Burma Government Medical School reports 1907-22
Year: 1907
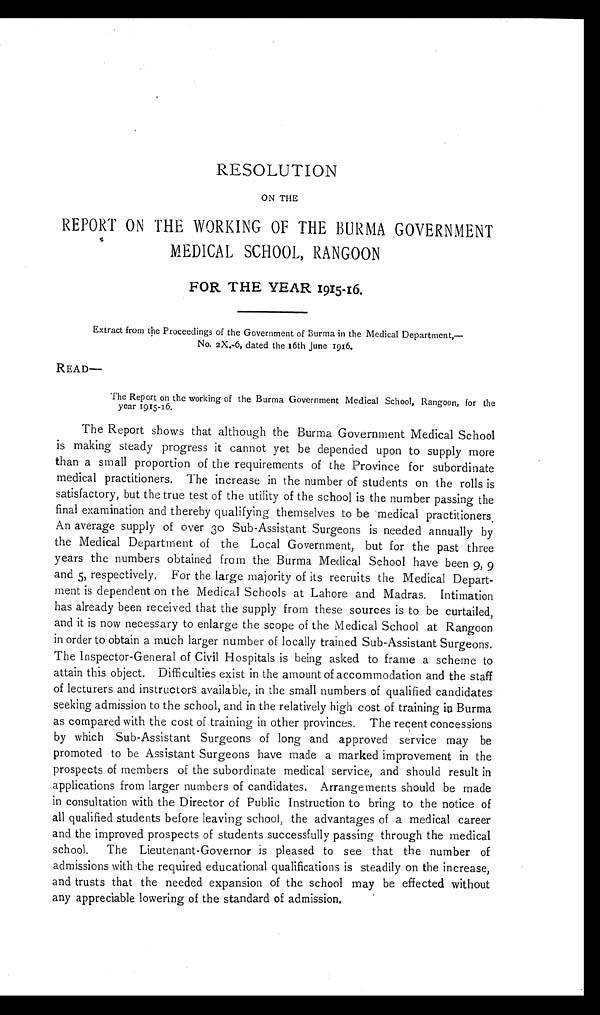
RESOLUTION
ON THE
REPORT ON THE WORKING OF THE BURMA GOVERNMENT
MEDICAL SCHOOL, RANGOON
FOR THE YEAR 1915-16.
Extract from the Proceedings of the Government of Burma in the Medical Department,—
No. 2X.-6, dated the 16th June 1916.
READ—
The Report on the working of the Burma Government Medical School, Rangoon, for the
year 1915-16.
The Report shows that although the Burma Government Medical School
is making steady progress it cannot yet be depended upon to supply more
than a small proportion of the requirements of the Province for subordinate
medical practitioners. The increase in the number of students on the rolls is
satisfactory, but the true test of the utility of the school is the number passing the
final examination and thereby qualifying themselves to be medical practitioners.
An average supply of over 3o Sub-Assistant Surgeons is needed annually by
the Medical Department of the Local Government, but for the past three
years the numbers obtained from the Burma Medical School have been 9, 9
and 5, respectively. For the large majority of its recruits the Medical Depart
ment is dependent on the Medical Schools at Lahore and Madras. Intimation
has already been received that the supply from these sources is to be curtailed,
and it is now necessary to enlarge the scope of the Medical School at Rangoon
in order to obtain a much larger number of locally trained Sub-Assistant Surgeons.
The Inspector-General of Civil Hospitals is being asked to frame a scheme to
attain this object. Difficulties exist in the amount of accommodation and the staff
of lecturers and instructors available, in the small numbers of qualified candidates
seeking admission to the school, and in the relatively high cost of training in Burma
as compared with the cost of training in other provinces. The recent concessions
by which Sub-Assistant Surgeons of long and approved service may be
promoted to be Assistant Surgeons have made a marked improvement in the
prospects of members of the subordinate medical service, and should result in
applications from larger numbers of candidates. Arrangements should be made
in consultation with the Director of Public Instruction to bring to the notice of
all qualified students before leaving school, the advantages of a medical career
and the improved prospects of students successfully passing through the medical
school. The Lieutenant-Governor is pleased to see that the number of
admissions with the required educational qualifications is steadily on the increase,
and trusts that the needed expansion of the school may be effected without
any appreciable lowering of the standard of admission.